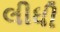
લીધી